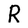
Character: R